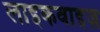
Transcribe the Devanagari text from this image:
लाइकवाइज़